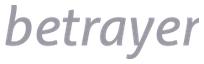
betrayer